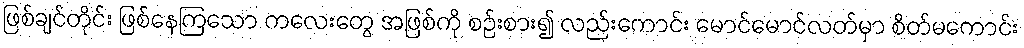
ဖြစ်ချင်တိုင်း ဖြစ်နေကြသော ကလေးတွေ အဖြစ်ကို စဉ်းစား၍ လည်းကောင်း မောင်မောင်လတ်မှာ စိတ်မကောင်း